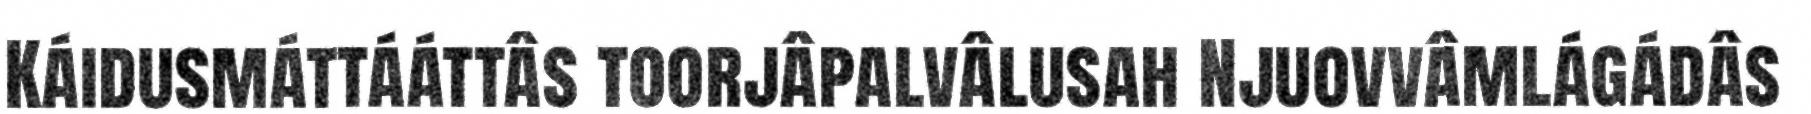
Káidusmáttááttâs toorjâpalvâlusah Njuovvâmlágádâs